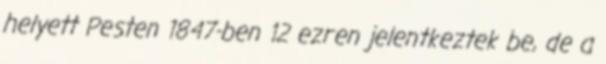
helyett Pesten 1847-ben 12 ezren jelentkeztek be, de a